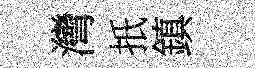
灣扺鎮